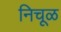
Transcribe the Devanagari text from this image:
निचूळ